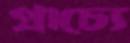
প্রাচ্যে